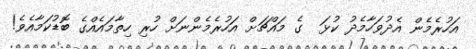
އަހުރެމެން އެދުވަހާމެދު ކުޅަ  ގެ މައްޗަށް އަހުރެމެންނަށް ހުރި ހިތާމައެއްގެ ބޮޑުކަމާއެވެ!